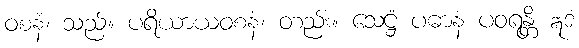
ဝစနံ၊ သည်။ ပရိယာယဝစနံ၊ တည်း။ သေဋ္ဌံ ပဓာနံ ပဝရန္တိ ဣဒံ